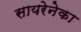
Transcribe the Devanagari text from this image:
सायरेनेका